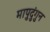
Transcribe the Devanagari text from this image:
मापुदुंगुन